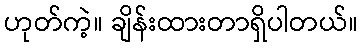
ဟုတ်ကဲ့။ ချိန်းထားတာရှိပါတယ်။